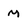
Character: M